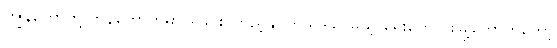
ကျွန်တော်တို့ ဘန်ကောက်မှာ ရှုခင်း ကြည့်နိုင်တယ်ဒါပေမယ့် ရှေးဟောင်းမြို့တော်ကိုတော့